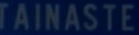
TAINASTE